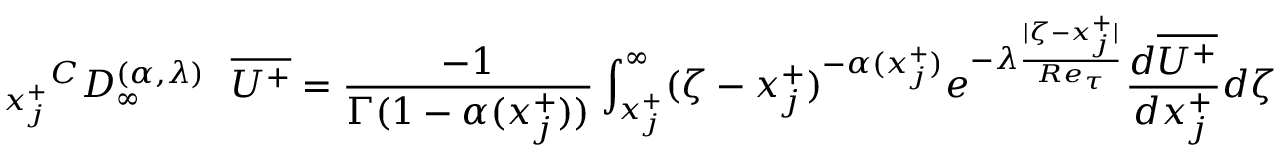
{ _ { x _ { j } ^ { + } } } ^ { C } D _ { \infty } ^ { ( \alpha , { \lambda } ) } ~ ~ \overline { { U ^ { + } } } = \frac { - 1 } { \Gamma ( 1 - \alpha ( x _ { j } ^ { + } ) ) } \int _ { x _ { j } ^ { + } } ^ { \infty } ( \zeta - x _ { j } ^ { + } ) ^ { - \alpha ( x _ { j } ^ { + } ) } { e ^ { - \lambda \frac { | \zeta - x _ { j } ^ { + } | } { R e _ { \tau } } } } \frac { d \overline { { U ^ { + } } } } { d x _ { j } ^ { + } } d \zeta